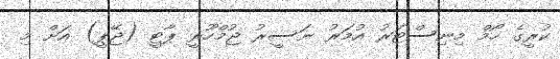
ކުރީގެ ހޯމް މިނިސްޓަރު އުމަރު ނަސީރު ޖުމްހޫރީ ޕާޓީ (ޖޭޕީ) އަށް މި